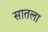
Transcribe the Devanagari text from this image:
सातला